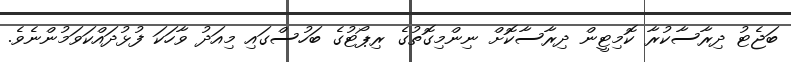
ބަޖެޓު ދިރާސާކުރާ ކޮމިޓީން ދިރާސާކޮށް ނިންމިގޮތުގެ ރިޕޯޓުގެ ބަހުސްގައި މިއަދު ވާހަކަ ފުޅުދައްކަވަމުންނެވެ.